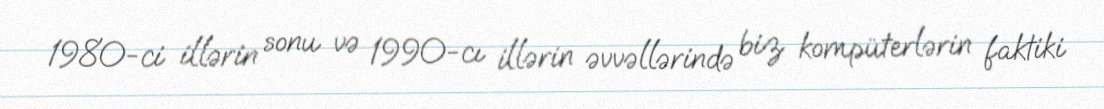
1980-ci illərin sonu və 1990-cı illərin əvvəllərində biz kompüterlərin faktiki